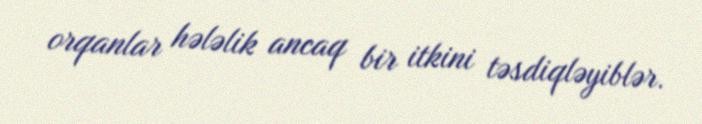
orqanlar hələlik ancaq bir itkini təsdiqləyiblər.